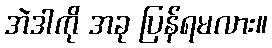
အဲဒါကို အခု ပြန်ရမလား။